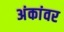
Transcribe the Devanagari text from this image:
अंकांवर